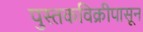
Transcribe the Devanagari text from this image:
पुस्तकविक्रीपासून